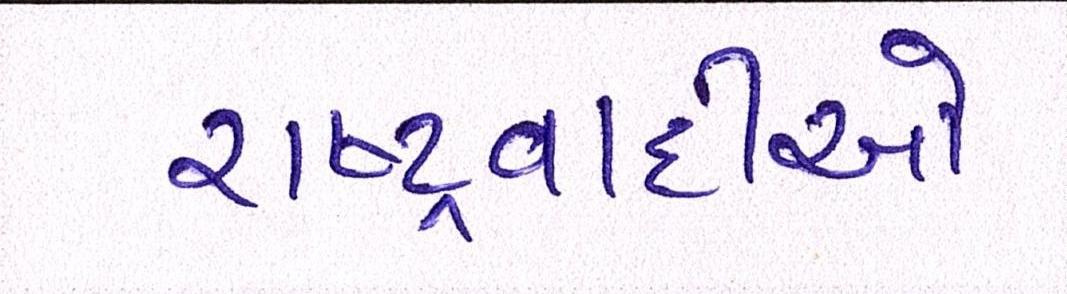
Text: રાષ્ટ્રવાદીઓ